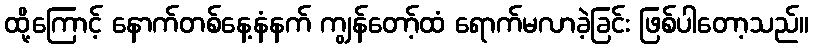
ထို့ကြောင့် နောက်တစ်နေ့နံနက် ကျွန်တော့်ထံ ရောက်မလာခဲ့ခြင်း ဖြစ်ပါတော့သည်။